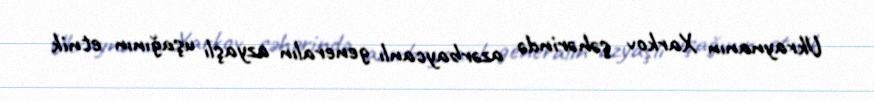
Ukraynanın Xarkov şəhərində azərbaycanlı generalın azyaşlı uşağının etnik